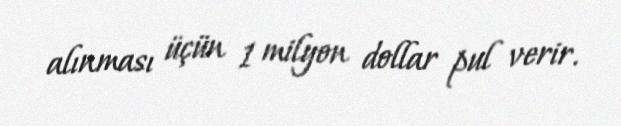
alınması üçün 1 milyon dollar pul verir.